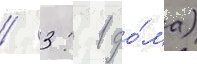
/ 3: 1 до́ма)